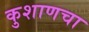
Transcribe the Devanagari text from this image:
कुशाणचा